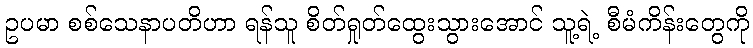
ဥပမာ စစ်သေနာပတိဟာ ရန်သူ စိတ်ရှုတ်ထွေးသွားအောင် သူ့ရဲ့ စီမံကိန်းတွေကို